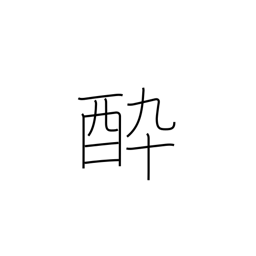
Meaning: spellbound